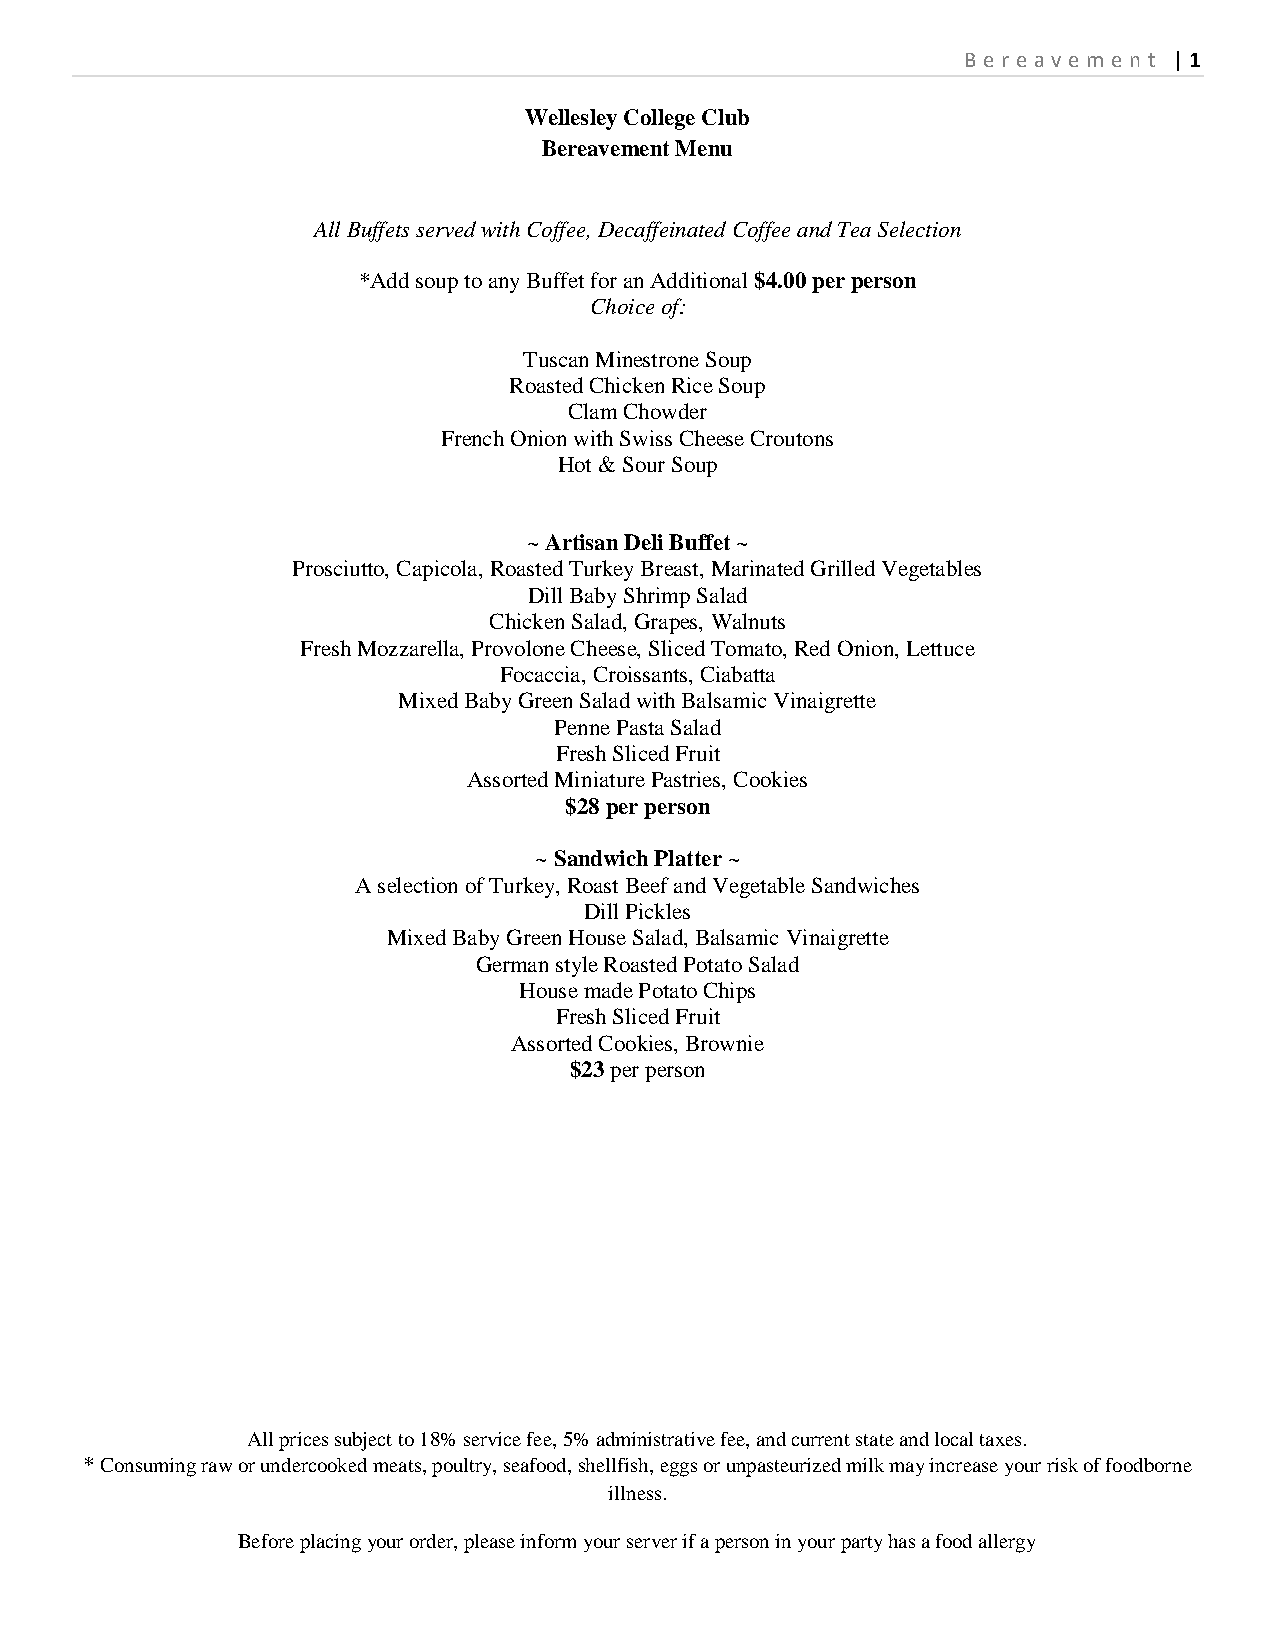
B e r e a v e m e n t | 1
 Wellesley College Club
 Bereavement Menu
 All Buffets served with Coffee, Decaffeinated Coffee and Tea Selection
 *Add soup to any Buffet for an Additional $4.00 per person
 Choice of:
 Tuscan Minestrone Soup
 Roasted Chicken Rice Soup
 Clam Chowder
 French Onion with Swiss Cheese Croutons
 Hot & Sour Soup
 ~ Artisan Deli Buffet ~
 Prosciutto, Capicola, Roasted Turkey Breast, Marinated Grilled Vegetables
 Dill Baby Shrimp Salad
 Chicken Salad, Grapes, Walnuts
 Fresh Mozzarella, Provolone Cheese, Sliced Tomato, Red Onion, Lettuce
 Focaccia, Croissants, Ciabatta
 Mixed Baby Green Salad with Balsamic Vinaigrette
 Penne Pasta Salad
 Fresh Sliced Fruit
 Assorted Miniature Pastries, Cookies
 $28 per person
 ~ Sandwich Platter ~
 A selection of Turkey, Roast Beef and Vegetable Sandwiches
 Dill Pickles
 Mixed Baby Green House Salad, Balsamic Vinaigrette
 German style Roasted Potato Salad
 House made Potato Chips
 Fresh Sliced Fruit
 Assorted Cookies, Brownie
 $23 per person
 All prices subject to 18% service fee, 5% administrative fee, and current state and local taxes.
 * Consuming raw or undercooked meats, poultry, seafood, shellfish, eggs or unpasteurized milk may increase your risk of foodborne
 illness.
 Before placing your order, please inform your server if a person in your party has a food allergy